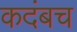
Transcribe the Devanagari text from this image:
कदंबच